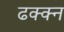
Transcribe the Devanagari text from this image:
ढक्क्न